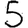
Digit: 5